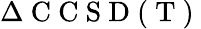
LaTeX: \Delta\mathrm{~C~C~S~D~(~T~)~}